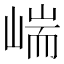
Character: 㟨